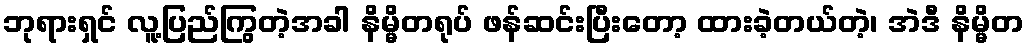
ဘုရားရှင် လူ့ပြည်ကြွတဲ့အခါ နိမ္မိတရုပ် ဖန်ဆင်းပြီးတော့ ထားခဲ့တယ်တဲ့၊ အဲဒီ နိမ္မိတ